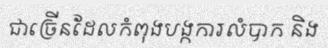
ជាច្រើនដែលកំពុងបង្កការលំបាក និង